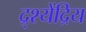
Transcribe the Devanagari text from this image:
द्र्श्येंद्रिय